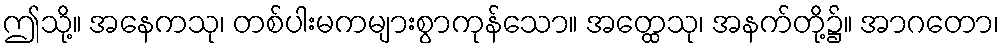
ဤသို့။ အနေကသု၊ တစ်ပါးမကများစွာကုန်သော။ အတ္ထေသု၊ အနက်တို့၌။ အာဂတော၊